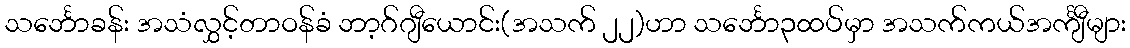
သင်္ဘောခန်း အသံလွှင့်တာဝန်ခံ ဘာ့ဂ်ဂျီယောင်း(အသက် ၂၂)ဟာ သင်္ဘော၃ထပ်မှာ အသက်ကယ်အင်္ကျီများ